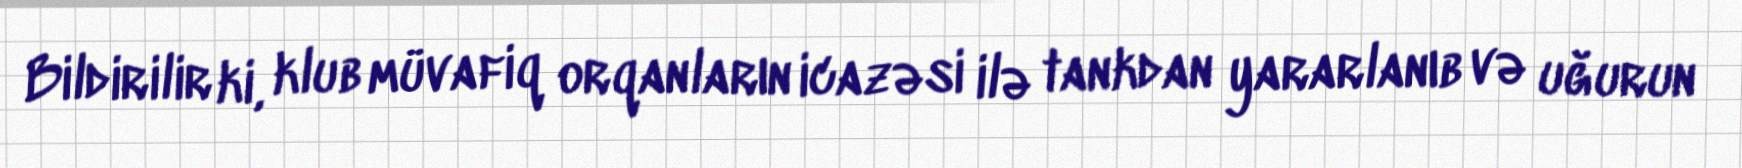
Bildirilir ki, klub müvafiq orqanların icazəsi ilə tankdan yararlanıb və uğurun